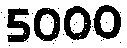
5000